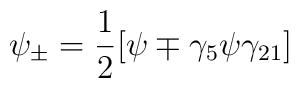
\psi_\pm = \frac{1}{2} [ \psi \mp \gamma_5 \psi \gamma_{21} ]